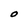
Character: O